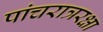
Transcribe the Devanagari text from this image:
पांचरात्ररक्षा